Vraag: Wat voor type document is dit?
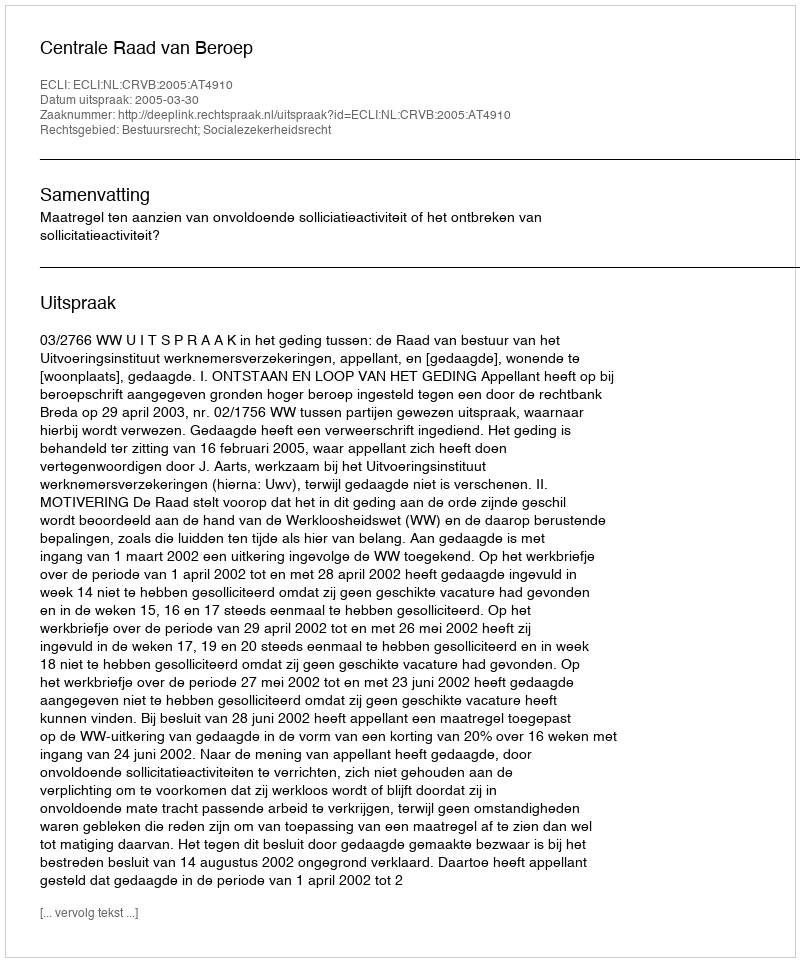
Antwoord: Uitspraak